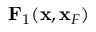
{ \bf F } _ { 1 } ( { \bf x } , { \bf x } _ { F } )